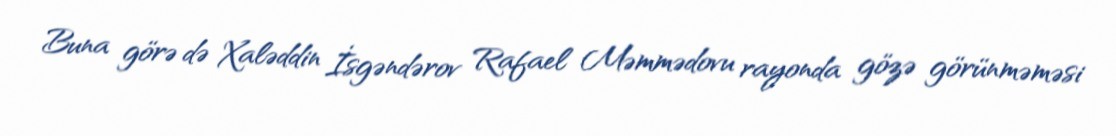
Buna görə də Xaləddin İsgəndərov Rafael Məmmədovu rayonda gözə görünməməsi